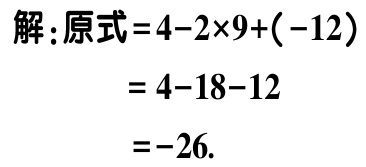
解：原式\(=4 - 2\times9 + (-12)\)
\(= 4 - 18 - 12\)
\(= -26\).